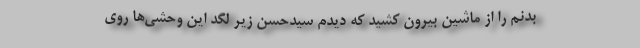
بدنم را از ماشین بیرون کشید که ‌دیدم سیدحسن زیر لگد این وحشی‌ها روی